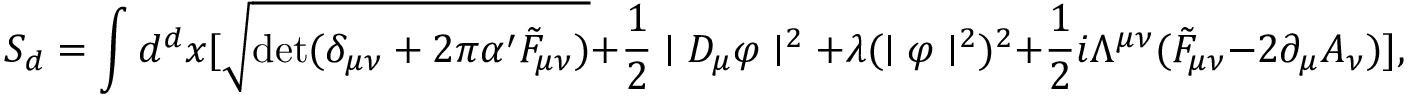
S _ { d } = \int d ^ { d } x [ \sqrt { \mathrm { d e t } ( \delta _ { \mu \nu } + 2 \pi \alpha ^ { \prime } \tilde { F } _ { \mu \nu } ) } + \frac { 1 } { 2 } \mid D _ { \mu } \varphi \mid ^ { 2 } + \lambda ( \mid \varphi \mid ^ { 2 } ) ^ { 2 } + \frac { 1 } { 2 } i \Lambda ^ { \mu \nu } ( \tilde { F } _ { \mu \nu } - 2 \partial _ { \mu } A _ { \nu } ) ] ,